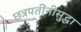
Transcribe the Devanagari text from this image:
छत्रपतींनीसुद्धा